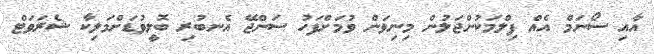
އާއި ސޯނަމް އެއް ފިލްމަކުންޖަލުން މިނިވަން ވުމަށްފަހު ސަންޖޭ އެނބުރި ބޮލީވުޑަށްމަލިކާ ޝެރަވަޓް